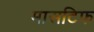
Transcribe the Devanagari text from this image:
मासटिफ